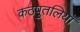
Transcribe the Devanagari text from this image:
कठपुतलियाँ